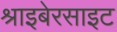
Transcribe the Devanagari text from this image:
श्राइबेरसाइट